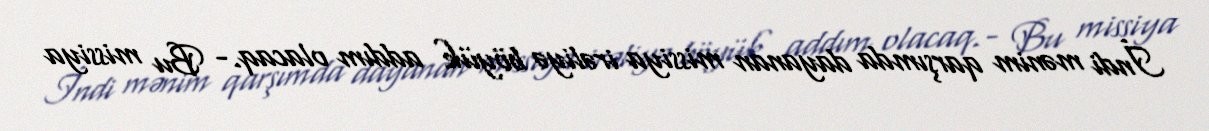
İndi mənim qarşımda dayanan missiya irəliyə böyük addım olacaq.- Bu missiya